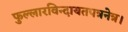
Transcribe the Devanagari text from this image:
फुल्लारविन्दायतपत्रनेत्र।